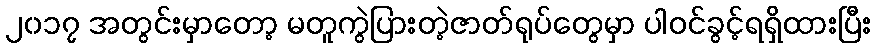
၂၀၁၇ အတွင်းမှာတော့ မတူကွဲပြားတဲ့ဇာတ်ရုပ်တွေမှာ ပါဝင်ခွင့်ရရှိထားပြီး